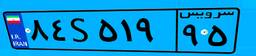
۶۲S۸۶۷۰۶